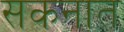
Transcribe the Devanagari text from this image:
सकनात